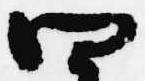
四